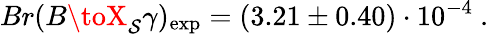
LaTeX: Br(B\toX_{\mathcal{S}}\gamma)_{\mathrm{{exp}}}=(3.21\pm0.40)\cdot10^{-4}~.